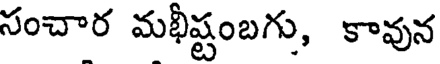
సంచార మభీష్టంబగు, కావున